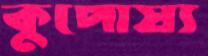
কুপোষ্য